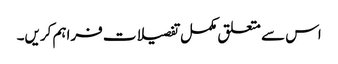
اس سے متعلق مکمل تفصیلات فراہم کریں۔